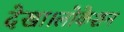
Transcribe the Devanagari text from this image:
देखा।लोकेशन